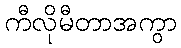
ကီလိုမီတာအကွာ